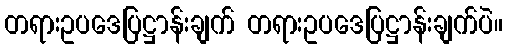
တရားဥပဒေပြဋ္ဌာန်းချက် တရားဥပဒေပြဋ္ဌာန်းချက်ပဲ။